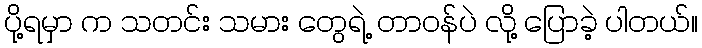
ပို့ရမှာ က သတင်း သမား တွေရဲ့ တာဝန်ပဲ လို့ ပြောခဲ့ ပါတယ်။